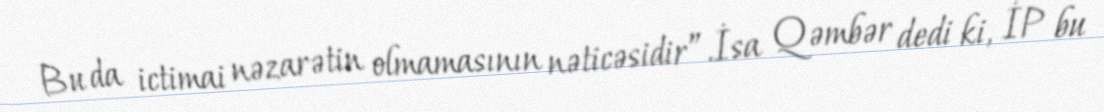
Bu da ictimai nəzarətin olmamasının nəticəsidir”.İsa Qəmbər dedi ki, İP bu